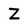
Character: Z